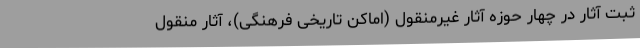
ثبت آثار در چهار حوزه آثار غیرمنقول (اماکن تاریخی فرهنگی)، آثار منقول